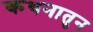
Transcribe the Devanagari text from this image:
कथनातुन